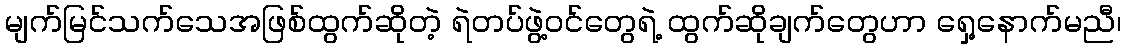
မျက်မြင်သက်သေအဖြစ်ထွက်ဆိုတဲ့ ရဲတပ်ဖွဲ့ဝင်တွေရဲ့ ထွက်ဆိုချက်တွေဟာ ရှေ့နောက်မညီ၊